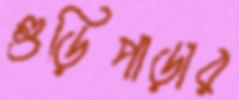
গুড়িপাড়ার